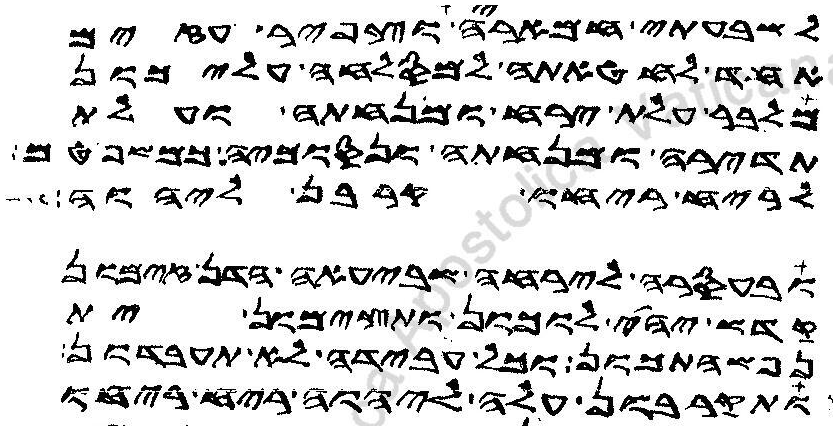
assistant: לשבעתי חמאריה וצפיר עזים
אחד לחטאתה למסלחה עליכון
מלבר עלת ירח ומנחתה ועלת
תדירה ומנחתה ונסוכיה כמשפטםפשרונון
לריח ריחו קרבן ליהוה
ובעסרה לירחה שביעאה הדן זימון
קדש יהי לוכון ותצימון ית
נפשהתכון וכל עבידה לא תעבדון
ותקרבון עלה ליהוה ריח ריחו